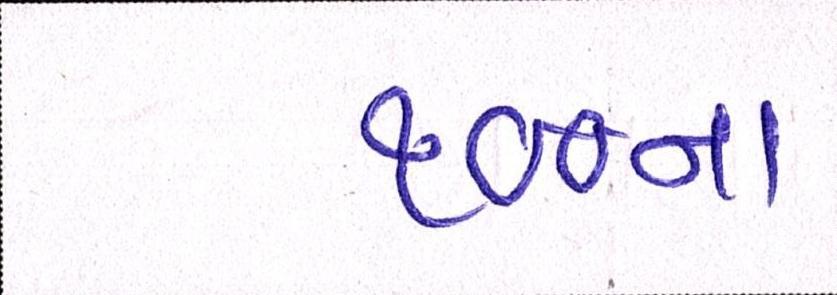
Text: ૧૦૦ના